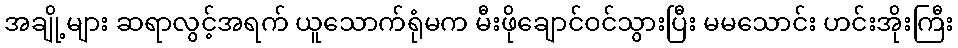
အချို့များ ဆရာလွင့်အရက် ယူသောက်ရုံမက မီးဖိုချောင်ဝင်သွားပြီး မမသောင်း ဟင်းအိုးကြီး